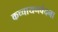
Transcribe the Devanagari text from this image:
कच्चायनवंदना